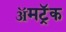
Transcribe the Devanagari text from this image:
ॲमट्रॅक